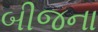
બીજના